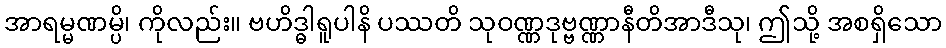
အာရမ္မဏမ္ပိ၊ ကိုလည်း။ ဗဟိဒ္ဓါရူပါနိ ပဿတိ သုဝဏ္ဏဒုဗ္ဗဏ္ဏာနီတိအာဒီသု၊ ဤသို့ အစရှိသော